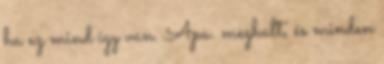
ha ez mind így van. Apa. meghalt, és minden